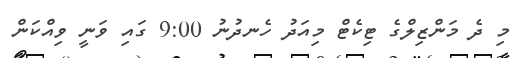
މި ދެ މަންޒިލްގެ ޓިކެޓް މިއަދު ހެނދުނު 9:00 ގައި ވަނީ ވިއްކަން